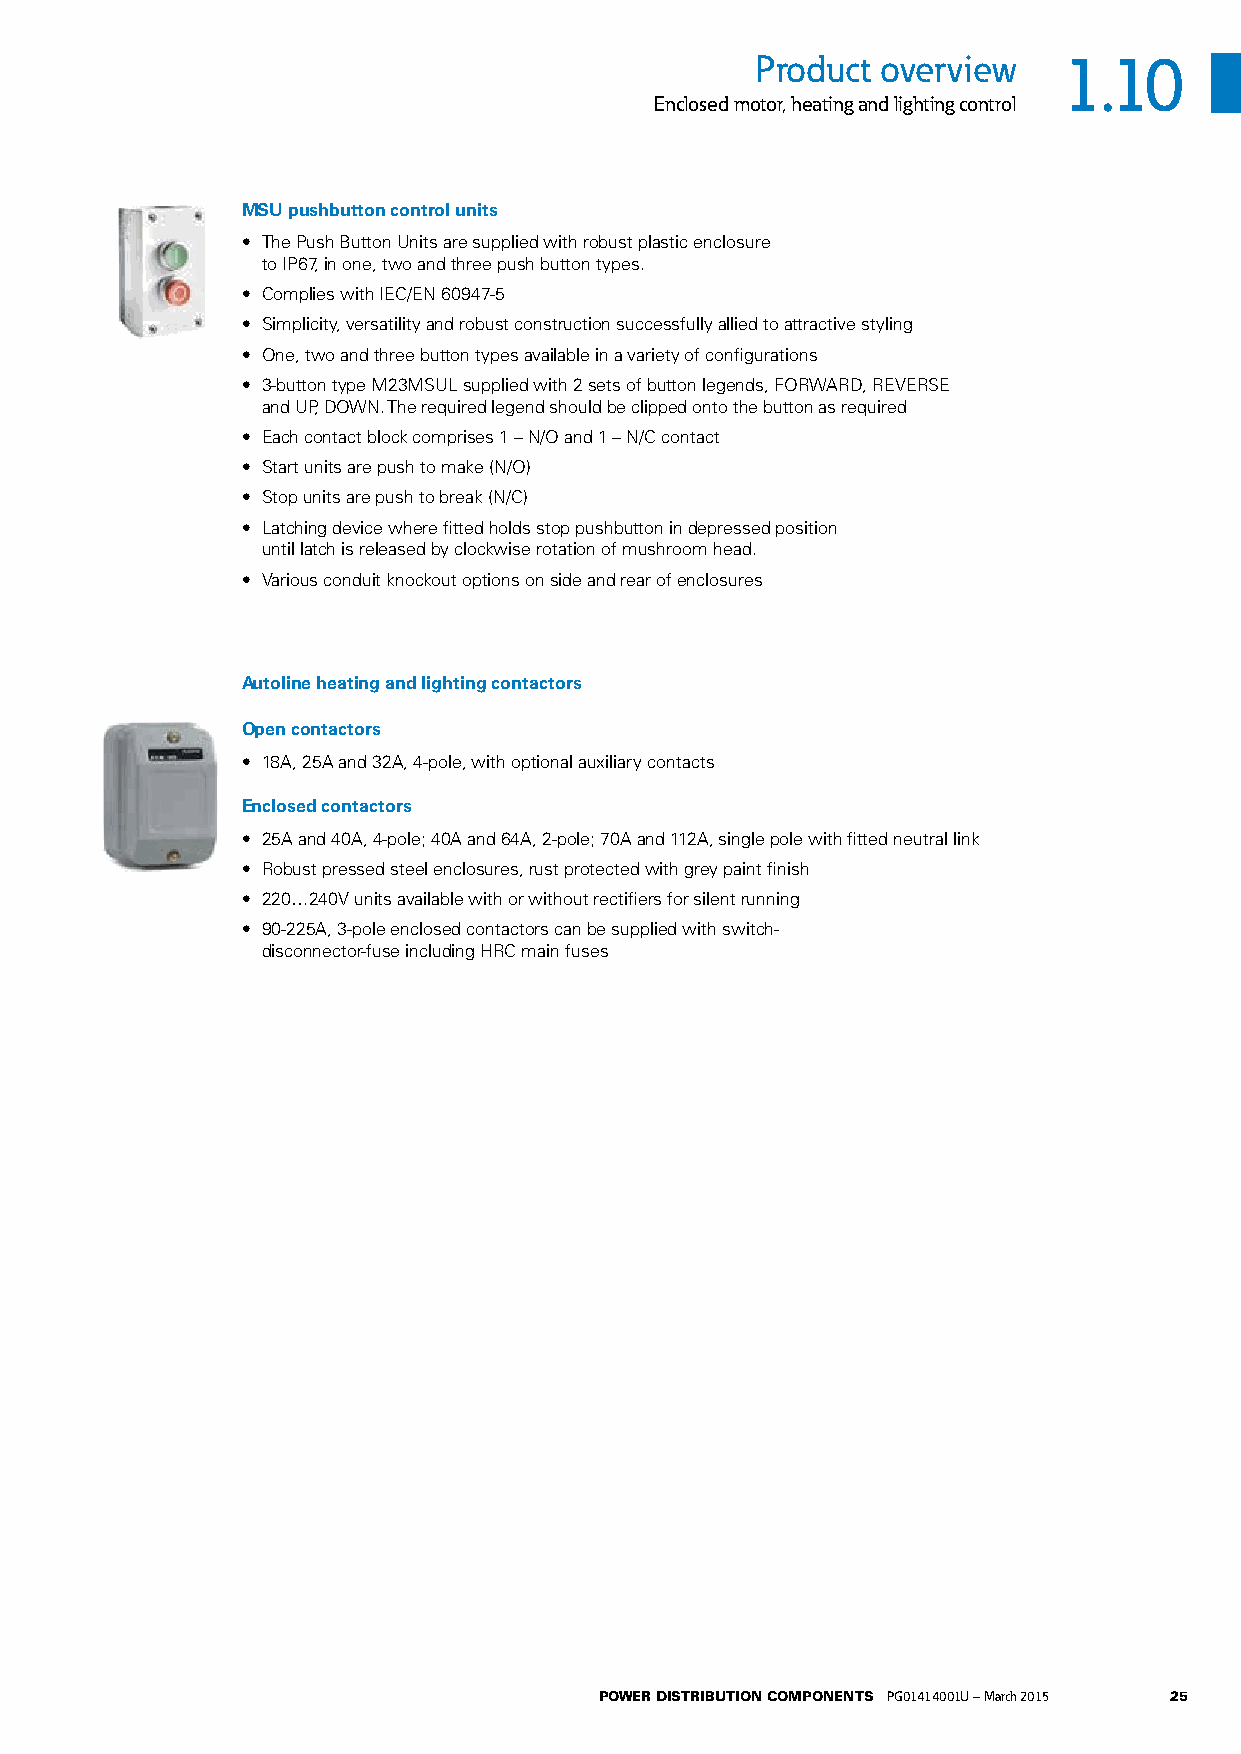
Product overview    1.10
 Enclosed motor, heating and lighting control
 MSU pushbutton control units
 • The Push Button Units are supplied with robust plastic enclosure
 to IP67, in one, two and three push button types.
 • Complies with IEC/EN 60947-5
 • Simplicity, versatility and robust construction successfully allied to attractive styling
 • One, two and three button types available in a variety of configurations
 • 3-button type M23MSUL supplied with 2 sets of button legends, FORWARD, REVERSE
 and UP, DOWN. The required legend should be clipped onto the button as required
 • Each contact block comprises 1 – N/O and 1 – N/C contact
 • Start units are push to make (N/O)
 • Stop units are push to break (N/C)
 • Latching device where fitted holds stop pushbutton in depressed position
 until latch is released by clockwise rotation of mushroom head.
 • Various conduit knockout options on side and rear of enclosures
 Autoline heating and lighting contactors
 Open contactors
 • 18A, 25A and 32A, 4-pole, with optional auxiliary contacts
 Enclosed contactors
 • 25A and 40A, 4-pole; 40A and 64A, 2-pole; 70A and 112A, single pole with fitted neutral link
 • Robust pressed steel enclosures, rust protected with grey paint finish
 • 220…240V units available with or without rectifiers for silent running
 • 90-225A, 3-pole enclosed contactors can be supplied with switch-
 disconnector-fuse including HRC main fuses
 POWER DISTRIBUTION COMPONENTS PG01414001U – March 2015 25